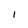
Character: 1